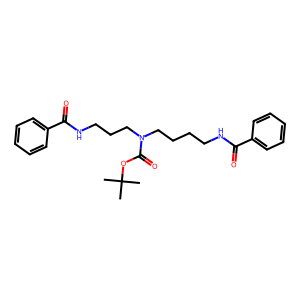
SMILES: CC(C)(C)OC(=O)N(CCCCNC(=O)c1ccccc1)CCCNC(=O)c1ccccc1
Inhibits HIV replication: No